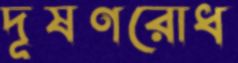
দূষণরোধ